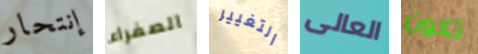
إنتحار الصفراء التغيير العالى تكون